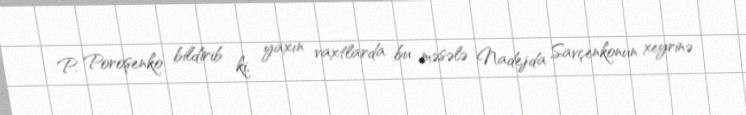
P. Poroşenko bildirib ki, yaxın vaxtlarda bu məsələ Nadejda Savçenkonun xeyrinə